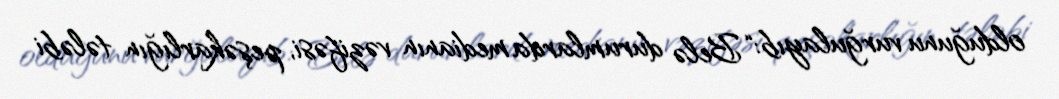
olduğunu vurğulayıb: “Belə durumlarda medianın vəzifəsi, peşəkarlığın tələbi